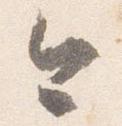
今